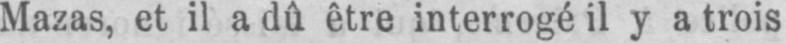
Mazas, et il a dû être interrogé il y a trois